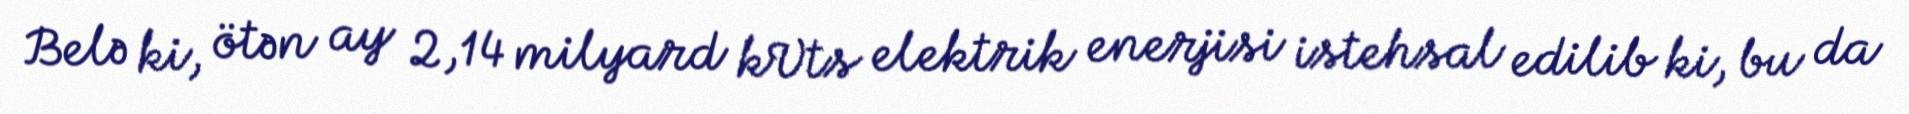
Belə ki, ötən ay 2,14 milyard kVts elektrik enerjisi istehsal edilib ki, bu da